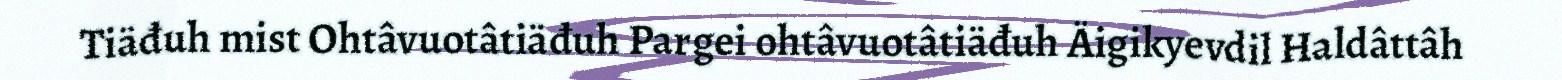
Tiäđuh mist Ohtâvuotâtiäđuh Pargei ohtâvuotâtiäđuh Äigikyevdil Haldâttâh